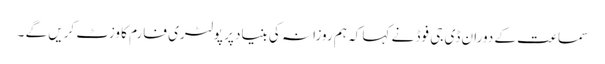
سماعت کے دوران ڈی جی فوڈ نے کہا کہ ہم روزانہ کی بنیاد پر پولٹری فارم کا وزٹ کریں گے ۔